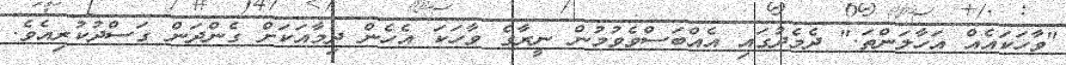
"ވާހަކައެއް އަހާލަންތަ." ދެމެދުގައި އެއްބަސްވެވުމުން ނީރާގެ ވާހަކަ އެހެން ދިމާއަކަށް ގެންދަން ގަސްދުކުރިއެވެ.